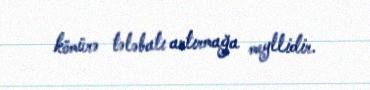
kömürə tələbatı artırmağa meyllidir.